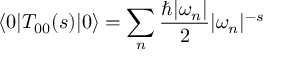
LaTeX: \langle 0 | T _ { 0 0 } ( s ) | 0 \rangle = \sum _ { n } { \frac { \hbar | \omega _ { n } | } { 2 } } | \omega _ { n } | ^ { - s }